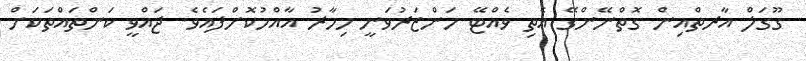
ގޫގަލް އާރތްއިން ގޮތްނޭންގޭ އެތި ވެއްޓޭ މަންޒަރުވަނީ މިހާރު އާއްމުކޮށްފައެވެ. ޖައްވީ ކަންތައްތަކަށް